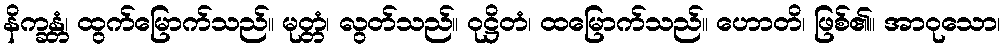
နိက္ခန္တံ၊ ထွက်မြောက်သည်။ မုတ္တံ၊ လွတ်သည်။ ဝုဋ္ဌိတံ၊ ထမြောက်သည်။ ဟောတိ၊ ဖြစ်၏။ အာဝုသော၊